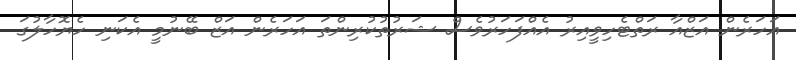
އަހަރެން އަޒްއާ ރަތްޓެހިވީއިރު އެއްފަހަރުވެސް ޝަރުތުކުރިންތަ އަހަރެން އަޒް ބޭނުމީ އެކަނި ހެޔޮހާލުގަ